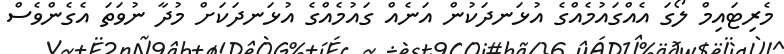
މެރިޓައިމް ލޯގަ އެއްގައުމެއްގެ އުޅަނދަކުން އަނެއް ގައުމެއްގެ އުޅަނދަކަށް މުދާ ނުވަތަ އެގެންވެސް